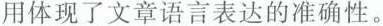
用体现了文章语言表达的准确性。